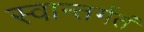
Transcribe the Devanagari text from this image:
स्वान्तर्गतं